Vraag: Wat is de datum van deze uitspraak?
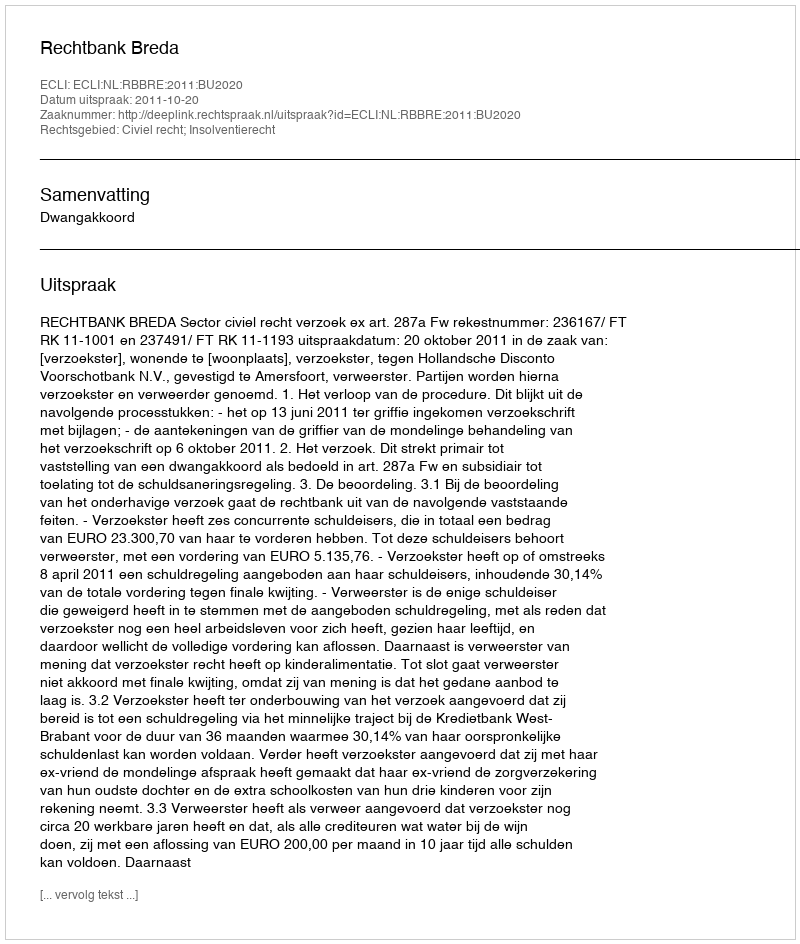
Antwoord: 2011-10-20